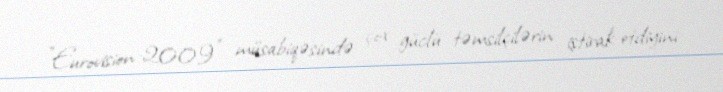
"Eurovision-2009" müsabiqəsində çox güclü təmsilçilərin iştirak etdiyini